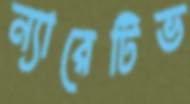
ন্যারেটিভ